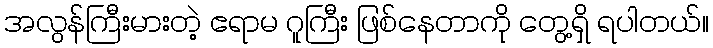
အလွန်ကြီးမားတဲ့ ဧရာမ ဂူကြီး ဖြစ်နေတာကို တွေ့ရှိ ရပါတယ်။